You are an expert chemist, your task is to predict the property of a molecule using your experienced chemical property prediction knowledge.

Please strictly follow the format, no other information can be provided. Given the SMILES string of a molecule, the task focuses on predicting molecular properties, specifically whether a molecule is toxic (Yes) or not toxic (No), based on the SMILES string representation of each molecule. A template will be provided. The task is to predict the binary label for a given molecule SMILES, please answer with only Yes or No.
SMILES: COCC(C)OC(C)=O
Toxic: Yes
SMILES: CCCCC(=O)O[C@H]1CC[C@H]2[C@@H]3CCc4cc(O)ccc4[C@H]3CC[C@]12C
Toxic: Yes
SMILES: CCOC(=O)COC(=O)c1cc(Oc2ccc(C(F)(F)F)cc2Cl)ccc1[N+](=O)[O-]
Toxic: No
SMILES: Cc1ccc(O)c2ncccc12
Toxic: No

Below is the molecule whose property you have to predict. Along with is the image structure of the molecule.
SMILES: Cc1cc(CCCOc2c(C)cc(-c3noc(C(F)(F)F)n3)cc2C)on1
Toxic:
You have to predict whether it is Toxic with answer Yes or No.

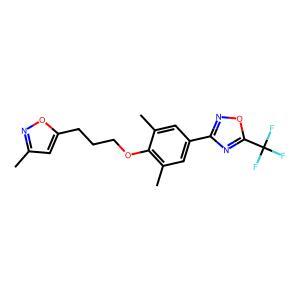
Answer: No